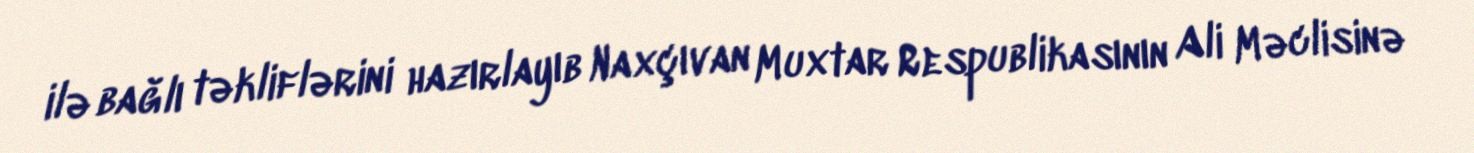
ilə bağlı təkliflərini hazırlayıb Naxçıvan Muxtar Respublikasının Ali Məclisinə